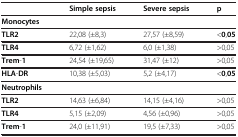
|  | Simple sepsis | Severe sepsis | p |
 | --- | --- | --- | --- |
 | Monocytes |  |  |  |
 | TLR2 | 22,08 (±8,3) | 27,57 (±8,59) | <0,05 |
 | TLR4 | 6,72 (±1,62) | 6,0 (±1,38) | >0,05 |
 | Trem-1 | 24,54 (±19,65) | 31,47 (±12) | >0,05 |
 | HLA-DR | 10,38 (±5,03) | 5,2 (±4,17) | <0,05 |
 | Neutrophils |  |  |  |
 | TLR2 | 14,63 (±6,84) | 14,15 (±4,16) | >0,05 |
 | TLR4 | 5,15 (±2,09) | 4,56 (±0,96) | >0,05 |
 | Trem-1 | 24,0 (±11,91) | 19,5 (±7,33) | >0,05 |